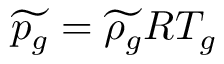
\widetilde { p _ { g } } = \widetilde { \rho _ { g } } R T _ { g }